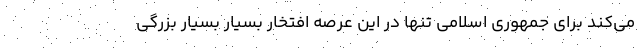
می‌کند برای جمهوری اسلامی تنها در این عرصه افتخار بسیار بسیار بزرگی